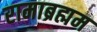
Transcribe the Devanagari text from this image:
रामाब्रह्मम